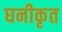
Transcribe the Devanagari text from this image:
घनीकृत